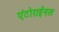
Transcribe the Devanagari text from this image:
एंटोराईनल